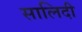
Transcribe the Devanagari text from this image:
सालिदी